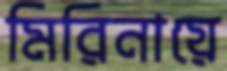
মিরিনায়ে